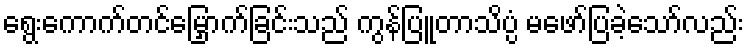
ရွေးကောက်တင်မြှောက်ခြင်းသည် ကွန်ပြူတာသိပ္ပံ မဖော်ပြခဲ့သော်လည်း